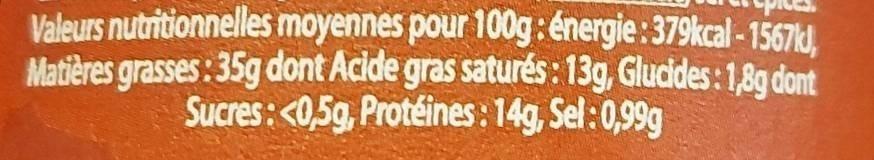
Valeurs nutritionnelles moyennes pour 100g: énergie: 379kcal - 1567kd, Matières grasses: 35g dont Acide gras saturés: 13g, Glucides: 1,8g dont Sucres: <0,5g, Protéines: 14g, Sel:0,99g